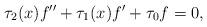
LaTeX: \begin{align*}\tau_2(x)f''+\tau_1(x)f'+\tau_0f=0,\end{align*}